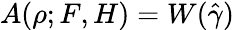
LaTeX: A(\rho;F,H)=W(\hat{\gamma})